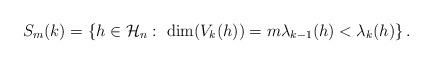
LaTeX: \begin{align*}S_m(k) = \left\{h \in \mathcal H_n:\ \dim(V_k(h))=m \lambda_{k-1}(h)<\lambda_k(h) \right\}.\end{align*}